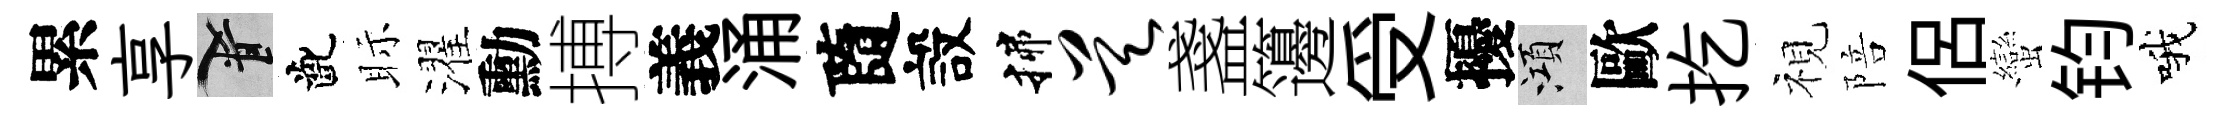
累享柳齔眎濯勳搏義涌隨設揲昊盞籩受擾澒歐扢視陪侶蠻钧哦